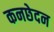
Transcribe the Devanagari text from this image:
कनछेदन